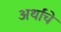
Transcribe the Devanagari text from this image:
अर्थांचे